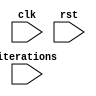
module behavioral_modeling_block(input clk, input rst, input [3:0] iterations);

reg [3:0] count;

always @(posedge clk or posedge rst) begin
    if (rst) begin
        count <= 0;
    end else begin
        if (count < iterations) begin
            // Skip statement based on specified conditions
            if (count % 2 == 0) begin
                // Execute statements conditionally
                // (Replace with your custom logic here)
            end
            count <= count + 1;
        end
    end
end

endmodule